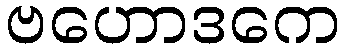
ဗဟောဒကေ